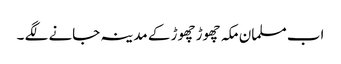
اب مسلمان مکہ چھوڑ چھوڑ کے مدینہ جانے لگے ۔